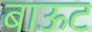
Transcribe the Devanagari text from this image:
बाऊट